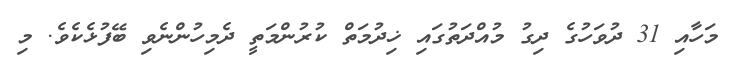
މަހާއި 31 ދުވަހުގެ ދިގު މުއްދަތުގައި ޚިދުމަތް ކުރުންމަތީ ދެމިހުންނެވި ބޭފުޅެކެވެ. މި